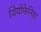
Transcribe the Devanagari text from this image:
थियोफेनिया